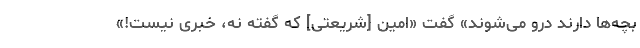
بچه‌ها دارند درو می‌شوند» گفت «امین [شریعتی] که گفته نه، خبری نیست!»